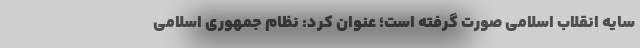
سایه انقلاب اسلامی صورت گرفته است؛ عنوان کرد: نظام جمهوری اسلامی